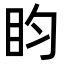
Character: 盷